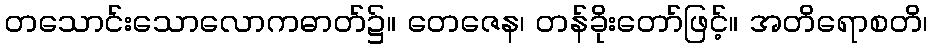
တသောင်းသောလောကဓာတ်၌။ တေဇေန၊ တန်ခိုးတော်ဖြင့်။ အတိရောစတိ၊